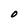
Character: O